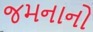
જમનાનો